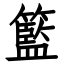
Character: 籃